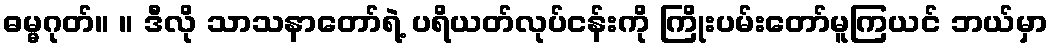
ဓမ္မဂုတ်။ ။ ဒီလို သာသနာတော်ရဲ့ ပရိယတ်လုပ်ငန်းကို ကြိုးပမ်းတော်မူကြယင် ဘယ်မှာ